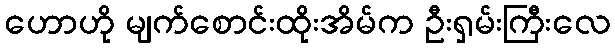
ဟောဟို မျက်စောင်းထိုးအိမ်က ဦးရှမ်းကြီးလေ